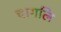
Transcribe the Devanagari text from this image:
चागलि